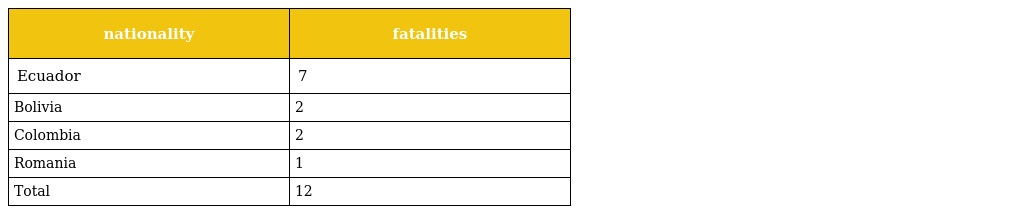
| nationality | fatalities |
 | --- | --- |
 | Ecuador | 7 |
 | Bolivia | 2 |
 | Colombia | 2 |
 | Romania | 1 |
 | Total | 12 |